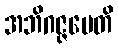
အဘိဂဇ္ဇမေတိ